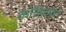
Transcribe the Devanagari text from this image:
कोरिकोस